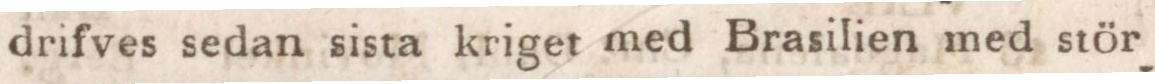
drifves sedan sista kriget med Brasilien med stör